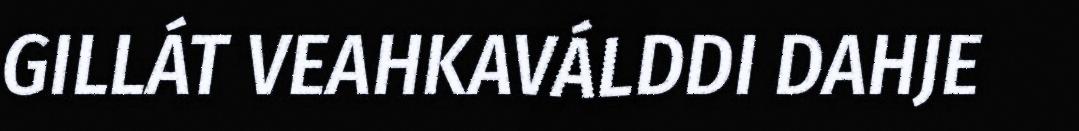
GILLÁT VEAHKAVÁLDDI DAHJE